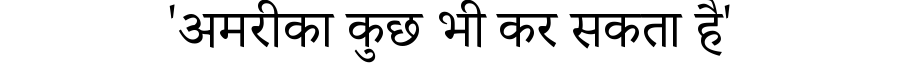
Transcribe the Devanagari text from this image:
'अमरीका कुछ भी कर सकता है'